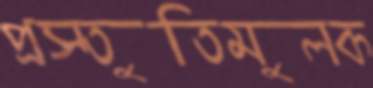
প্রস্তুতিমুলক